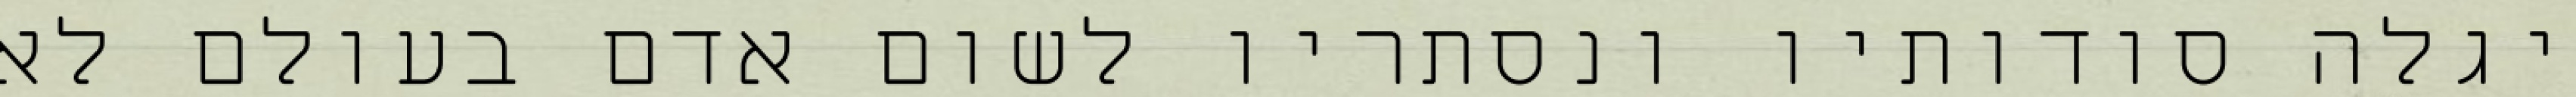
יגלה סודותיו ונסתריו לשום אדם בעולם לא